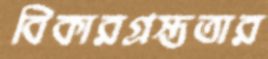
বিকারগ্রস্ততার